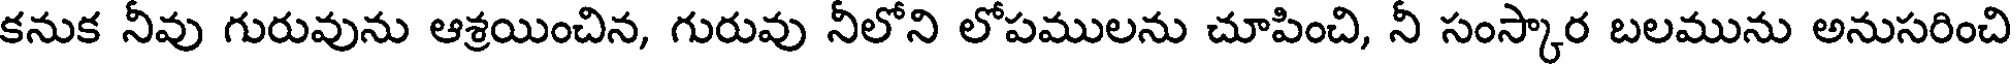
కనుక నీవు గురువును ఆశ్రయించిన, గురువు నీలోని లోపములను చూపించి, నీ సంస్కార బలమును అనుసరించి